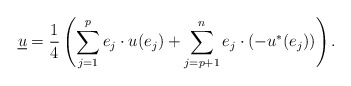
\begin{align*}\underline{u}=\frac{1}{4}\left(\sum_{j=1}^pe_j\cdot u(e_j)+\sum_{j=p+1}^ne_j\cdot (-u^*(e_j))\right).\end{align*}